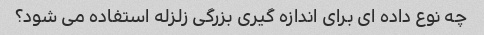
چه نوع داده ای برای اندازه گیری بزرگی زلزله استفاده می شود؟